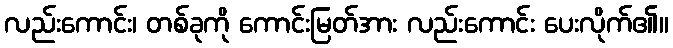
လည်းကောင်း၊ တစ်ခုကို ကောင်းမြတ်အား လည်းကောင်း ပေးလိုက်၏။